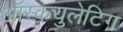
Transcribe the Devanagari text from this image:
ऑस्कयुलेटिग